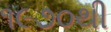
૧૯૭૦થી